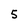
Character: 5